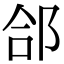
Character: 郃